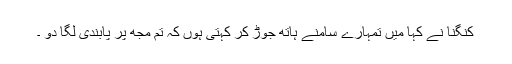
کنگنا نے کہا میں تمہارے سامنے ہاتھ جوڑ کر کہتی ہوں کہ تم مجھ پر پابندی لگا دو ۔